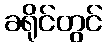
ခရိုင်တွင်